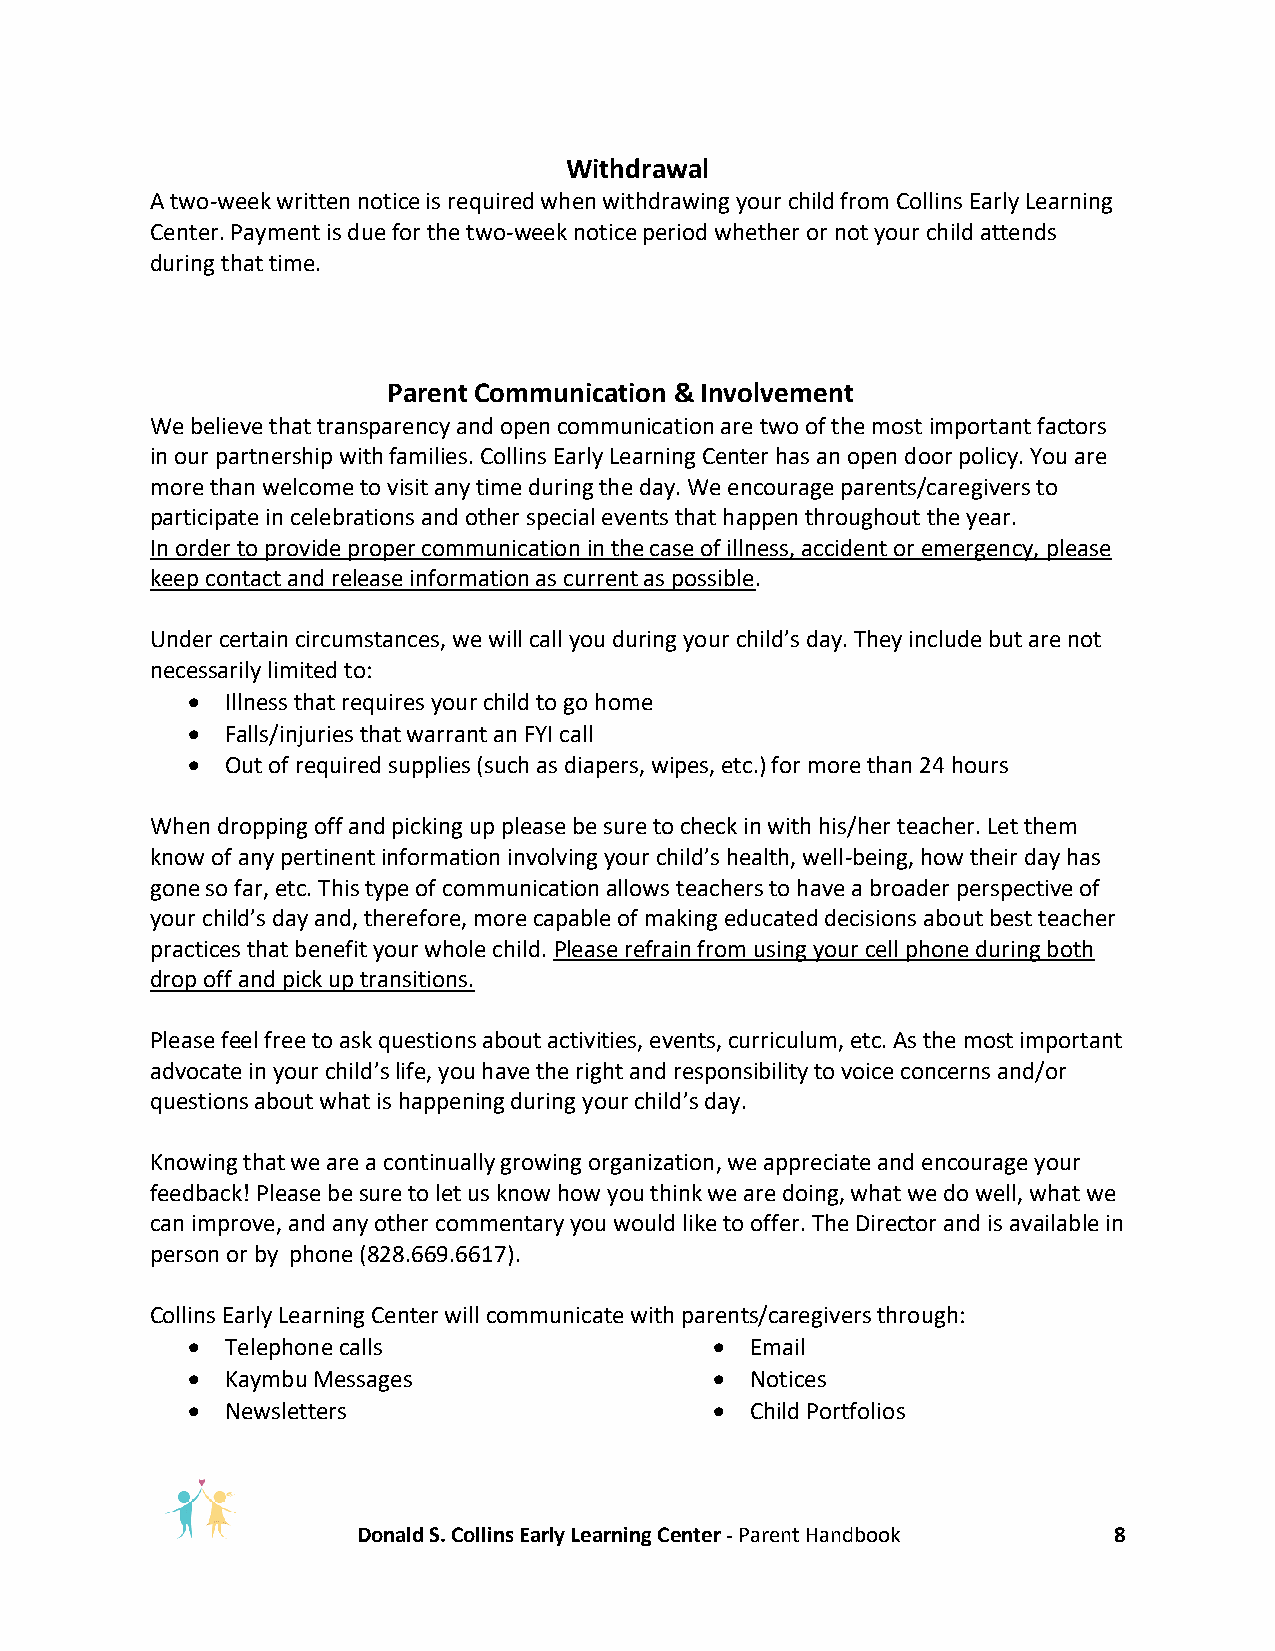
Withdrawal
 A two-week written notice is required when withdrawing your child from Collins Early Learning
 Center. Payment is due for the two-week notice period whether or not your child attends
 during that time.
 Parent Communication & Involvement
 We believe that transparency and open communication are two of the most important factors
 in our partnership with families. Collins Early Learning Center has an open door policy. You are
 more than welcome to visit any time during the day. We encourage parents/caregivers to
 participate in celebrations and other special events that happen throughout the year.
 In order to provide proper communication in the case of illness, accident or emergency, please
 keep contact and release information as current as possible.
 Under certain circumstances, we will call you during your child’s day. They include but are not
 necessarily limited to:
 •  Illness that requires your child to go home
 •  Falls/injuries that warrant an FYI call
 •  Out of required supplies (such as diapers, wipes, etc.) for more than 24 hours
 When dropping off and picking up please be sure to check in with his/her teacher. Let them
 know of any pertinent information involving your child’s health, well-being, how their day has
 gone so far, etc. This type of communication allows teachers to have a broader perspective of
 your child’s day and, therefore, more capable of making educated decisions about best teacher
 practices that benefit your whole child. Please refrain from using your cell phone during both
 drop off and pick up transitions.
 Please feel free to ask questions about activities, events, curriculum, etc. As the most important
 advocate in your child’s life, you have the right and responsibility to voice concerns and/or
 questions about what is happening during your child’s day.
 Knowing that we are a continually growing organization, we appreciate and encourage your
 feedback! Please be sure to let us know how you think we are doing, what we do well, what we
 can improve, and any other commentary you would like to offer. The Director and is available in
 person or by phone (828.669.6617).
 Collins Early Learning Center will communicate with parents/caregivers through:
 •  Telephone calls                 •  Email
 •  Kaymbu Messages                 •  Notices
 •  Newsletters                     •  Child Portfolios
 Donald S. Collins Early Learning Center - Parent Handbook 8